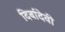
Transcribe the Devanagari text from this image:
दिर्बादेवी